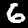
Digit: 6